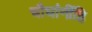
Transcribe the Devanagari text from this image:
चौघांनींहि